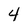
Character: 4